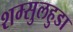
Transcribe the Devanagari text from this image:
शम्सुलहुडा